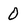
Character: 0